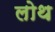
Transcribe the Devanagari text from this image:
लोथ